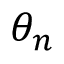
\theta _ { n }